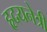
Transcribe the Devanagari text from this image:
हृदयनेत्री